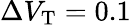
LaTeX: \Delta V_{\mathrm{T}}=0.1